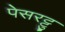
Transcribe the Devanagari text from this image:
पेसरट्टु